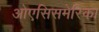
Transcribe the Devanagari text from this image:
ओएसिसमेरिका